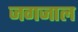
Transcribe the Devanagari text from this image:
जगजाल